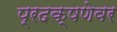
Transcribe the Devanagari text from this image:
प्रदक्षणेवर